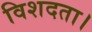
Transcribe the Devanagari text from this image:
विशदता।